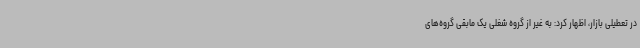
در تعطیلی بازار، اظهار کرد: به غیر از گروه شغلی یک مابقی گروه‌های